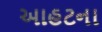
આહટના